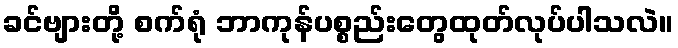
ခင်ဗျားတို့ စက်ရုံ ဘာကုန်ပစ္စည်းတွေထုတ်လုပ်ပါသလဲ။